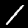
Digit: 1